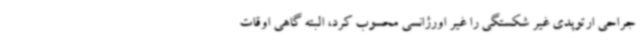
جراحی ارتوپدی غیر شکستگی را غیر اورژانسی محسوب کرد، البته گاهی اوقات